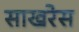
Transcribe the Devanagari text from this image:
साखरेस